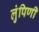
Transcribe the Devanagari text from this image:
लुंपिणी